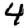
Digit: 4